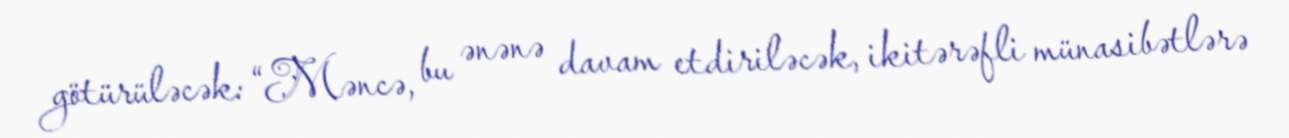
götürüləcək: “Məncə, bu ənənə davam etdiriləcək, ikitərəfli münasibətlərə